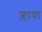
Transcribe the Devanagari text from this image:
फ्लावा